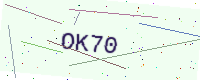
Text: OK70